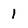
Character: 1